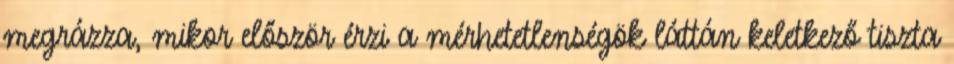
megrázza, mikor először érzi a mérhetetlenségök láttán keletkező tiszta